Leaving Certificate, 1901
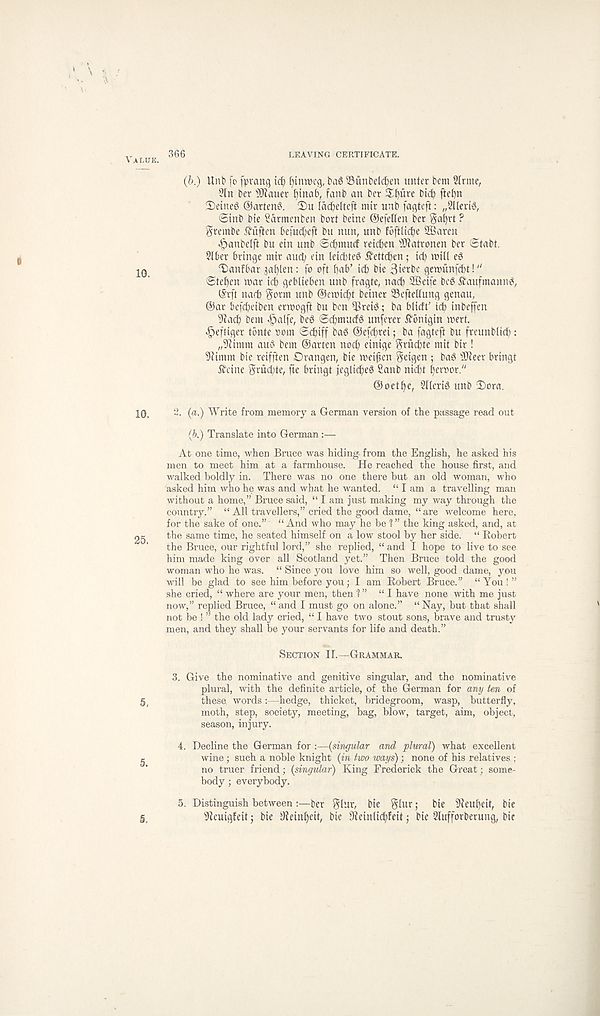
366
LEAVING CERTIFICATE.
(b.) Unb fo fpranq tc^
bag ^Mnbdcfyen unter bem 2(rme,
2(n ber s IRauer f)tnab, fanb an ber S^iire bicp fte^n
3)etneg ©arteng. 2)u (ac^elteft mir unb fagteft: „2llertg,
©inb bte Sarmenben bort beine ©efellen ber gafyrt ?
^rembe 5fuften be[ud;eft bit nun, unb fiiftUcfye 2Baren
<£)anbe(ft bu ein unb ©c^muif rdcfyen s IRatronen ber ©tabt.
Slber brtnge mtr aud; ein Ieid)teg ^ettcben; id; iuill eg
'Danfbar ja^ten: fo oft f)ab’ id; bie 3iftbe gerofinfcbt!"
©tefjen mar id; geblieben unb fragte, nad; 2Beife beg ^aufmanng,
©rft nad; $ontt unb ©emic^t beiner 23eftetlung genau,
©ar befd;eiben ermogft bu ben Q3reig; ba btidf id; inbeffen
9fac^ bem «§aife, beg ©cfjmutfg unferer ^bnigin inert.
^eftiger tbnte »om ©d>iff bag ©efc^rei; ba fagteft bu freunbiic^ :
„5 f fimm aug bem ©arten noc^ einige $rud;te mit bir !
9?imm bie reifften Drangen, bie meifien Setgen ; bag fSJfeer bringt
fbeine grud;te, fte bringt jeglidfeg Sanb nicbt pernor."
@oetf)e, SKerig unb ©)ora.
2. (a.) Write from memory a German version of the passage read out
(b.) Translate into German :—
At one time, when Bruce was hiding from the English, he asked his
men to meet him at a farmhouse. He reached the house first, and
walked boldly in. There was no one there but an old woman, who
asked him who he was and what he wanted. “ I am a travelling man
without a home,” Bruce said, “ I am just making my way through the
country.” “ All travellers,” cried the good dame, “are welcome here,
for the sake of one.” “ And who may he be ? ” the king asked, and, at
the same time, he seated himself on a low stool by her side. “ Robert'
the Bruce, our rightful lord,” she replied, “ and I hope to live to see
him made king over all Scotland yet.” Then Bruce told the good
woman who he was. “ Since you love him so well, good dame, you
will be glad to see him before you; I am Robert Bruce.” “You!”
she cried, “ where are your men, then 1” “I have none with me just
now,” replied Bruce, “and I must go on alone.” “Nay, but that shall
not be ! ” the old lady cried, “ I have two stout sons, brave and trusty
men, and they shall be your servants for life and death.”
Section II.—Grammar.
3. Give the nominative and genitive singular, and the nominative
plural, with the definite article, of the German for any ten of
these, words:—hedge, thicket, bridegroom, wasp, butterfly,
moth, step, society, meeting, bag, blow, target, aim, object,
season, injury.
4. Decline the German for -.—{singular and plural) what excellent
wine; such a noble knight {in two ways); none of his relatives :
no truer friend; {singular) King Frederick the Great; some-
body ; everybody.
5. Distinguish between ber gfab bte glur; bte 9ieuf)ett, bte
9teutgfeit; bte 5Heinf)eit, bie 9fainlid;feit; bte 2lufforberung, bit